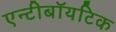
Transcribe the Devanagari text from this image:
एन्टीबॉयटिक